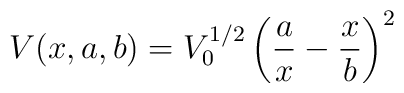
V(x,a,b)=V_{0}^{1/2}\left(\frac{a}{x}-\frac{x}{b}\right)^{2}